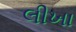
લીખા